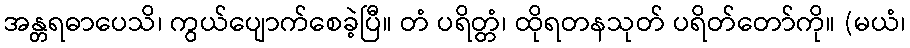
အန္တရဓာပေသိ၊ ကွယ်ပျောက်စေခဲ့ပြီ။ တံ ပရိတ္တံ၊ ထိုရတနသုတ် ပရိတ်တော်ကို။ (မယံ၊